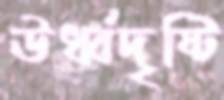
ঊর্ধ্বদৃষ্টি